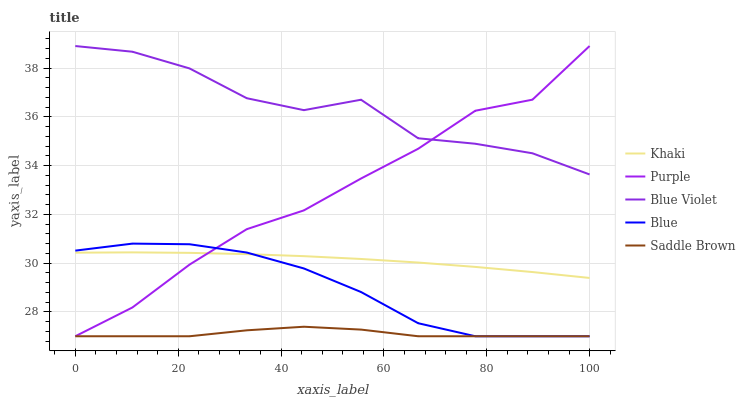
| xaxis_label | Khaki | Purple | Blue Violet | Blue | Saddle Brown |
 | --- | --- | --- | --- | --- | --- |
 | 0 | 30.4 | 27 | 38.9 | 30.5 | 27 |
 | 11.1 | 30.4 | 28.2 | 38.7 | 30.8 | 27 |
 | 22.2 | 30.4 | 29.9 | 38 | 30.8 | 27 |
 | 33.3 | 30.4 | 31.4 | 36.8 | 30.4 | 27.2 |
 | 44.4 | 30.3 | 32.2 | 36.3 | 29.8 | 27.4 |
 | 55.6 | 30.2 | 33.5 | 36.7 | 28.8 | 27.3 |
 | 66.7 | 30 | 34.7 | 35.1 | 27.5 | 27 |
 | 77.8 | 29.8 | 36.3 | 34.9 | 27 | 27 |
 | 88.9 | 29.6 | 36.7 | 34.5 | 27 | 27 |
 | 100 | 29.4 | 38.9 | 33.6 | 27 | 27 |